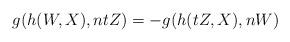
LaTeX: \begin{align*}g(h(W, X), ntZ) = -g(h(tZ, X), nW)\end{align*}